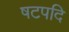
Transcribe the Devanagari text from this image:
षटपदि